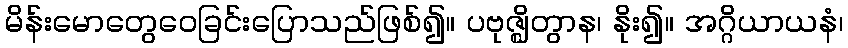
မိန်းမောတွေဝေခြင်းပြောသည်ဖြစ်၍။ ပဗုဇ္ဈိတွာန၊ နိုး၍။ အဂ္ဂိယာယနံ၊